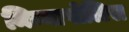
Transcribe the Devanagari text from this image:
मिन्नापोलिस